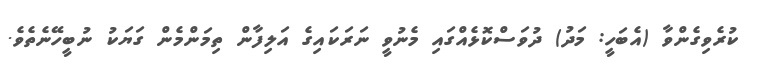
ކުރެވިގެންވާ (އެބަހީ: މަދު) ދުވަސްކޮޅެއްގައި މެނުވީ ނަރަކައިގެ އަލިފާން ތިމަންމެން ގަޔަކު ނުބީހޭނެތެވެ.